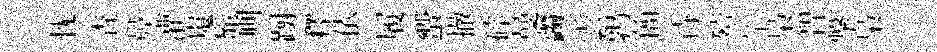
忱查鼻灌嵬髴则蹰釋依履蠁撤碎曼蠲雲鹑簡待殪竿梟智撃梟